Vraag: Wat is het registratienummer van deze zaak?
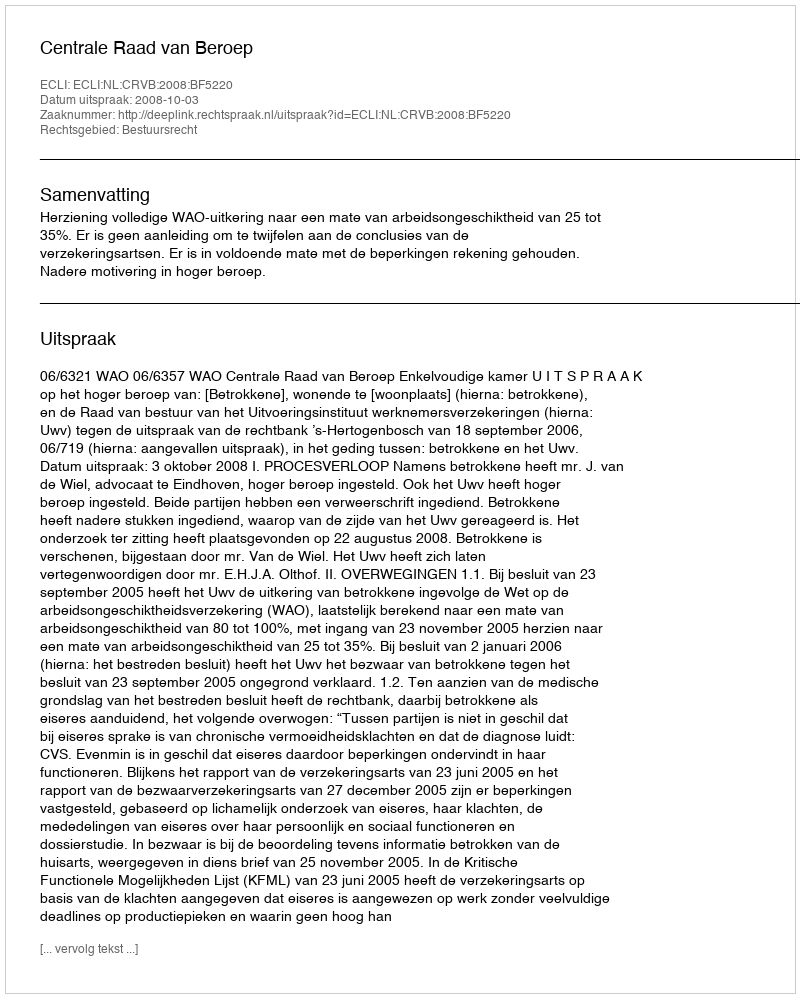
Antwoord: http://deeplink.rechtspraak.nl/uitspraak?id=ECLI:NL:CRVB:2008:BF5220